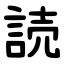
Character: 読